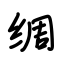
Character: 绸